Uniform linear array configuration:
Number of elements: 8
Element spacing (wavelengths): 0.5
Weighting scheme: hann
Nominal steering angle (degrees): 0
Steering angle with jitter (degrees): -1.766
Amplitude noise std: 0.05
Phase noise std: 0.05

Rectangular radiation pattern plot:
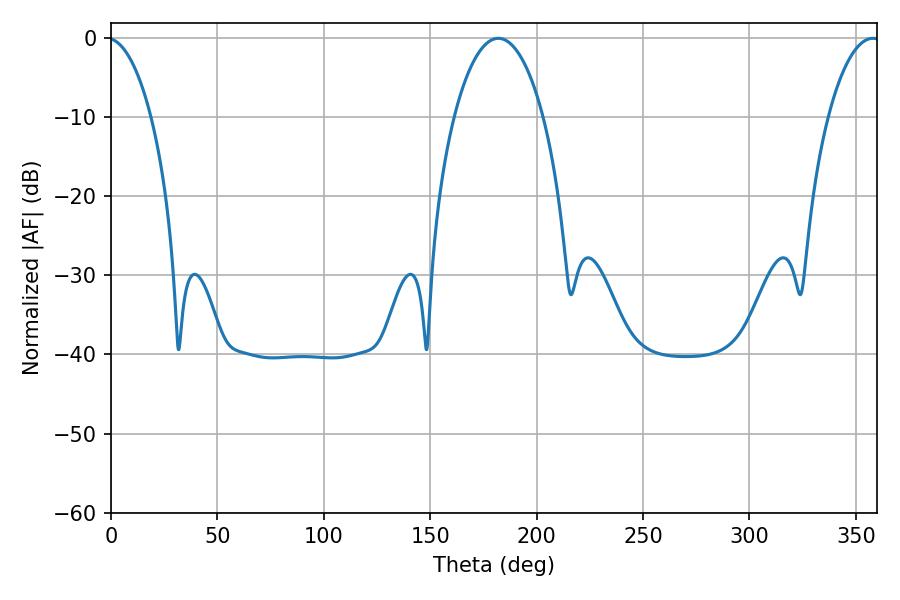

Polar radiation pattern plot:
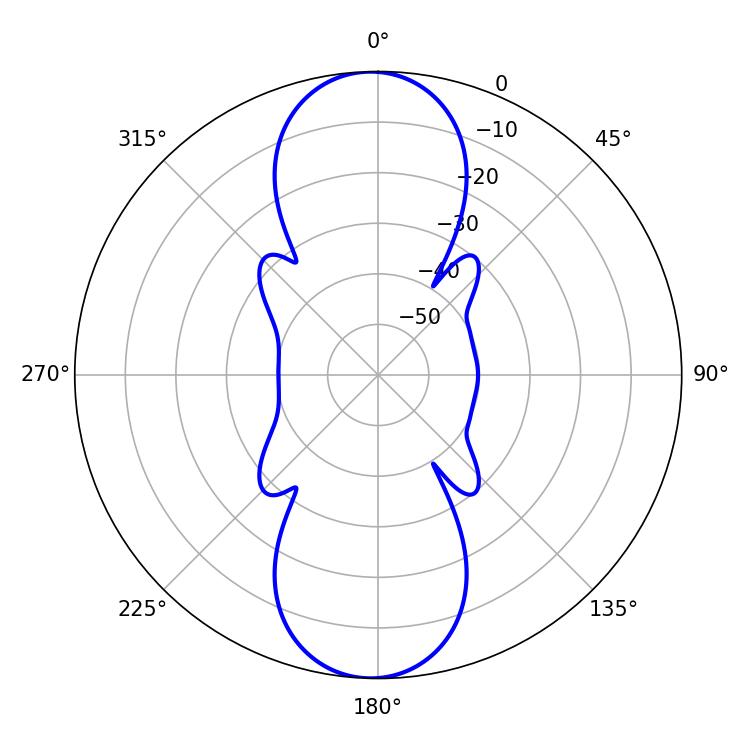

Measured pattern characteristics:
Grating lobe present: FALSE
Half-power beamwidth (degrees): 23.58
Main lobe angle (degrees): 181.98